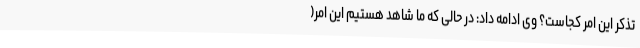
تذکر این امر کجاست؟ وی ادامه داد: در حالی که ما شاهد هستیم این امر(